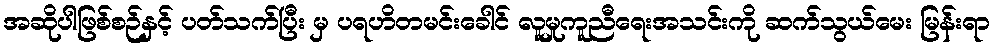
အဆိုပါဖြစ်စဉ်နှင့် ပတ်သက်ပြီး မှ ပရဟိတမင်းခေါင် လူမှုကူညီရေးအသင်းကို ဆက်သွယ်မေး မြန်းရာ